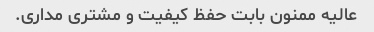
عالیه ممنون بابت حفظ کیفیت و مشتری مداری.